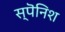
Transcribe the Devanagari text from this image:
स्पॆनिश